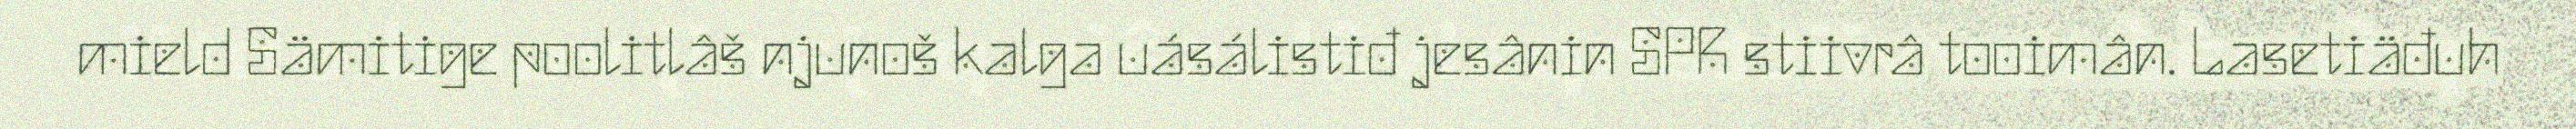
mield Sämitige poolitlâš njunoš kalga uásálistiđ jesânin SPR stiivrâ tooimân. Lasetiäđuh